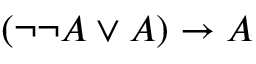
( \neg \neg A \lor A ) \rightarrow A